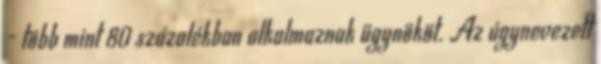
- több mint 80 százalékban alkalmaznak ügynököt. Az úgynevezett